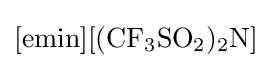
{\ce {[emin][(CF3SO2)2N]}}